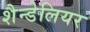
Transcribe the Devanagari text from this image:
शैन्डेलियर